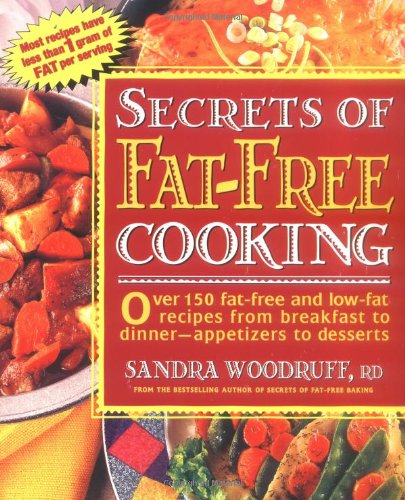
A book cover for Secrets of Fat-Free Cooking : Over 150 Fat-Free and Low-Fat Recipes from Breakfast to Dinner-Appetizers to Desserts; Sandra Woodruff; Cookbooks, Food & Wine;